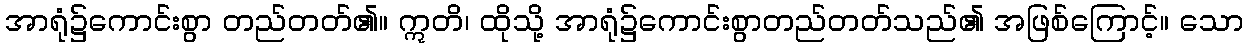
အာရုံ၌ကောင်းစွာ တည်တတ်၏။ ဣတိ၊ ထိုသို့ အာရုံ၌ကောင်းစွာတည်တတ်သည်၏ အဖြစ်ကြောင့်။ သော